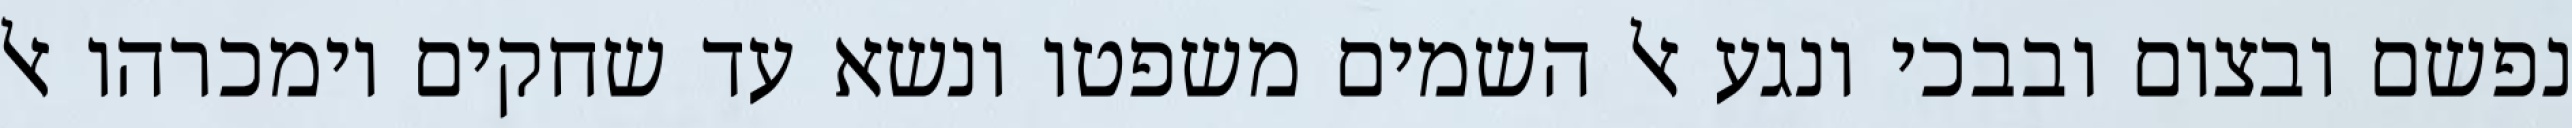
נפשם ובצום ובבכי ונגע אל השמים משפטו ונשא עד שחקים וימכרהו אל